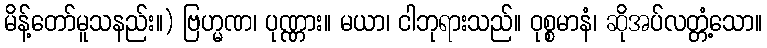
မိန့်တော်မူသနည်း။) ဗြဟ္မဏ၊ ပုဏ္ဏား။ မယာ၊ ငါဘုရားသည်။ ဝုစ္စမာနံ၊ ဆိုအပ်လတ္တံ့သော။